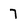
Character: 7